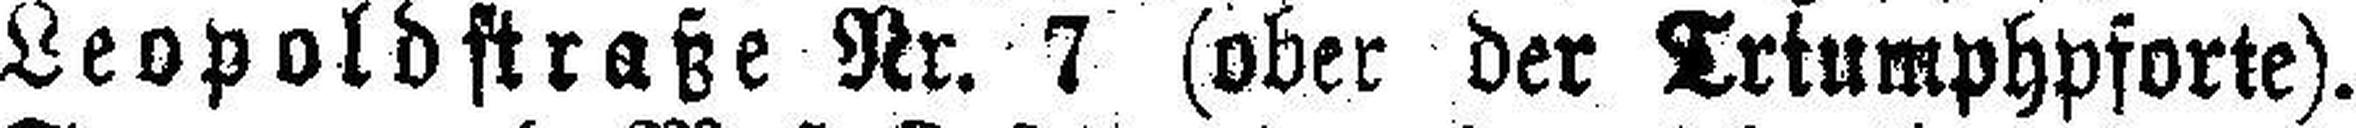
Leopoldstraße Nr. 7 (ober der Triumphpforte).